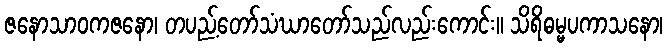
ဇနောသာဝကဇနော၊ တပည့်တော်သံဃာတော်သည်လည်းကောင်း။ သိရိဓမ္မပကာသနော၊